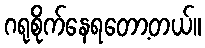
ဂရုစိုက်နေရတော့တယ်။